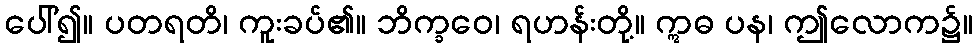
ပေါ်၍။ ပတရတိ၊ ကူးခပ်၏။ ဘိက္ခဝေ၊ ရဟန်းတို့။ ဣဓ ပန၊ ဤလောက၌။